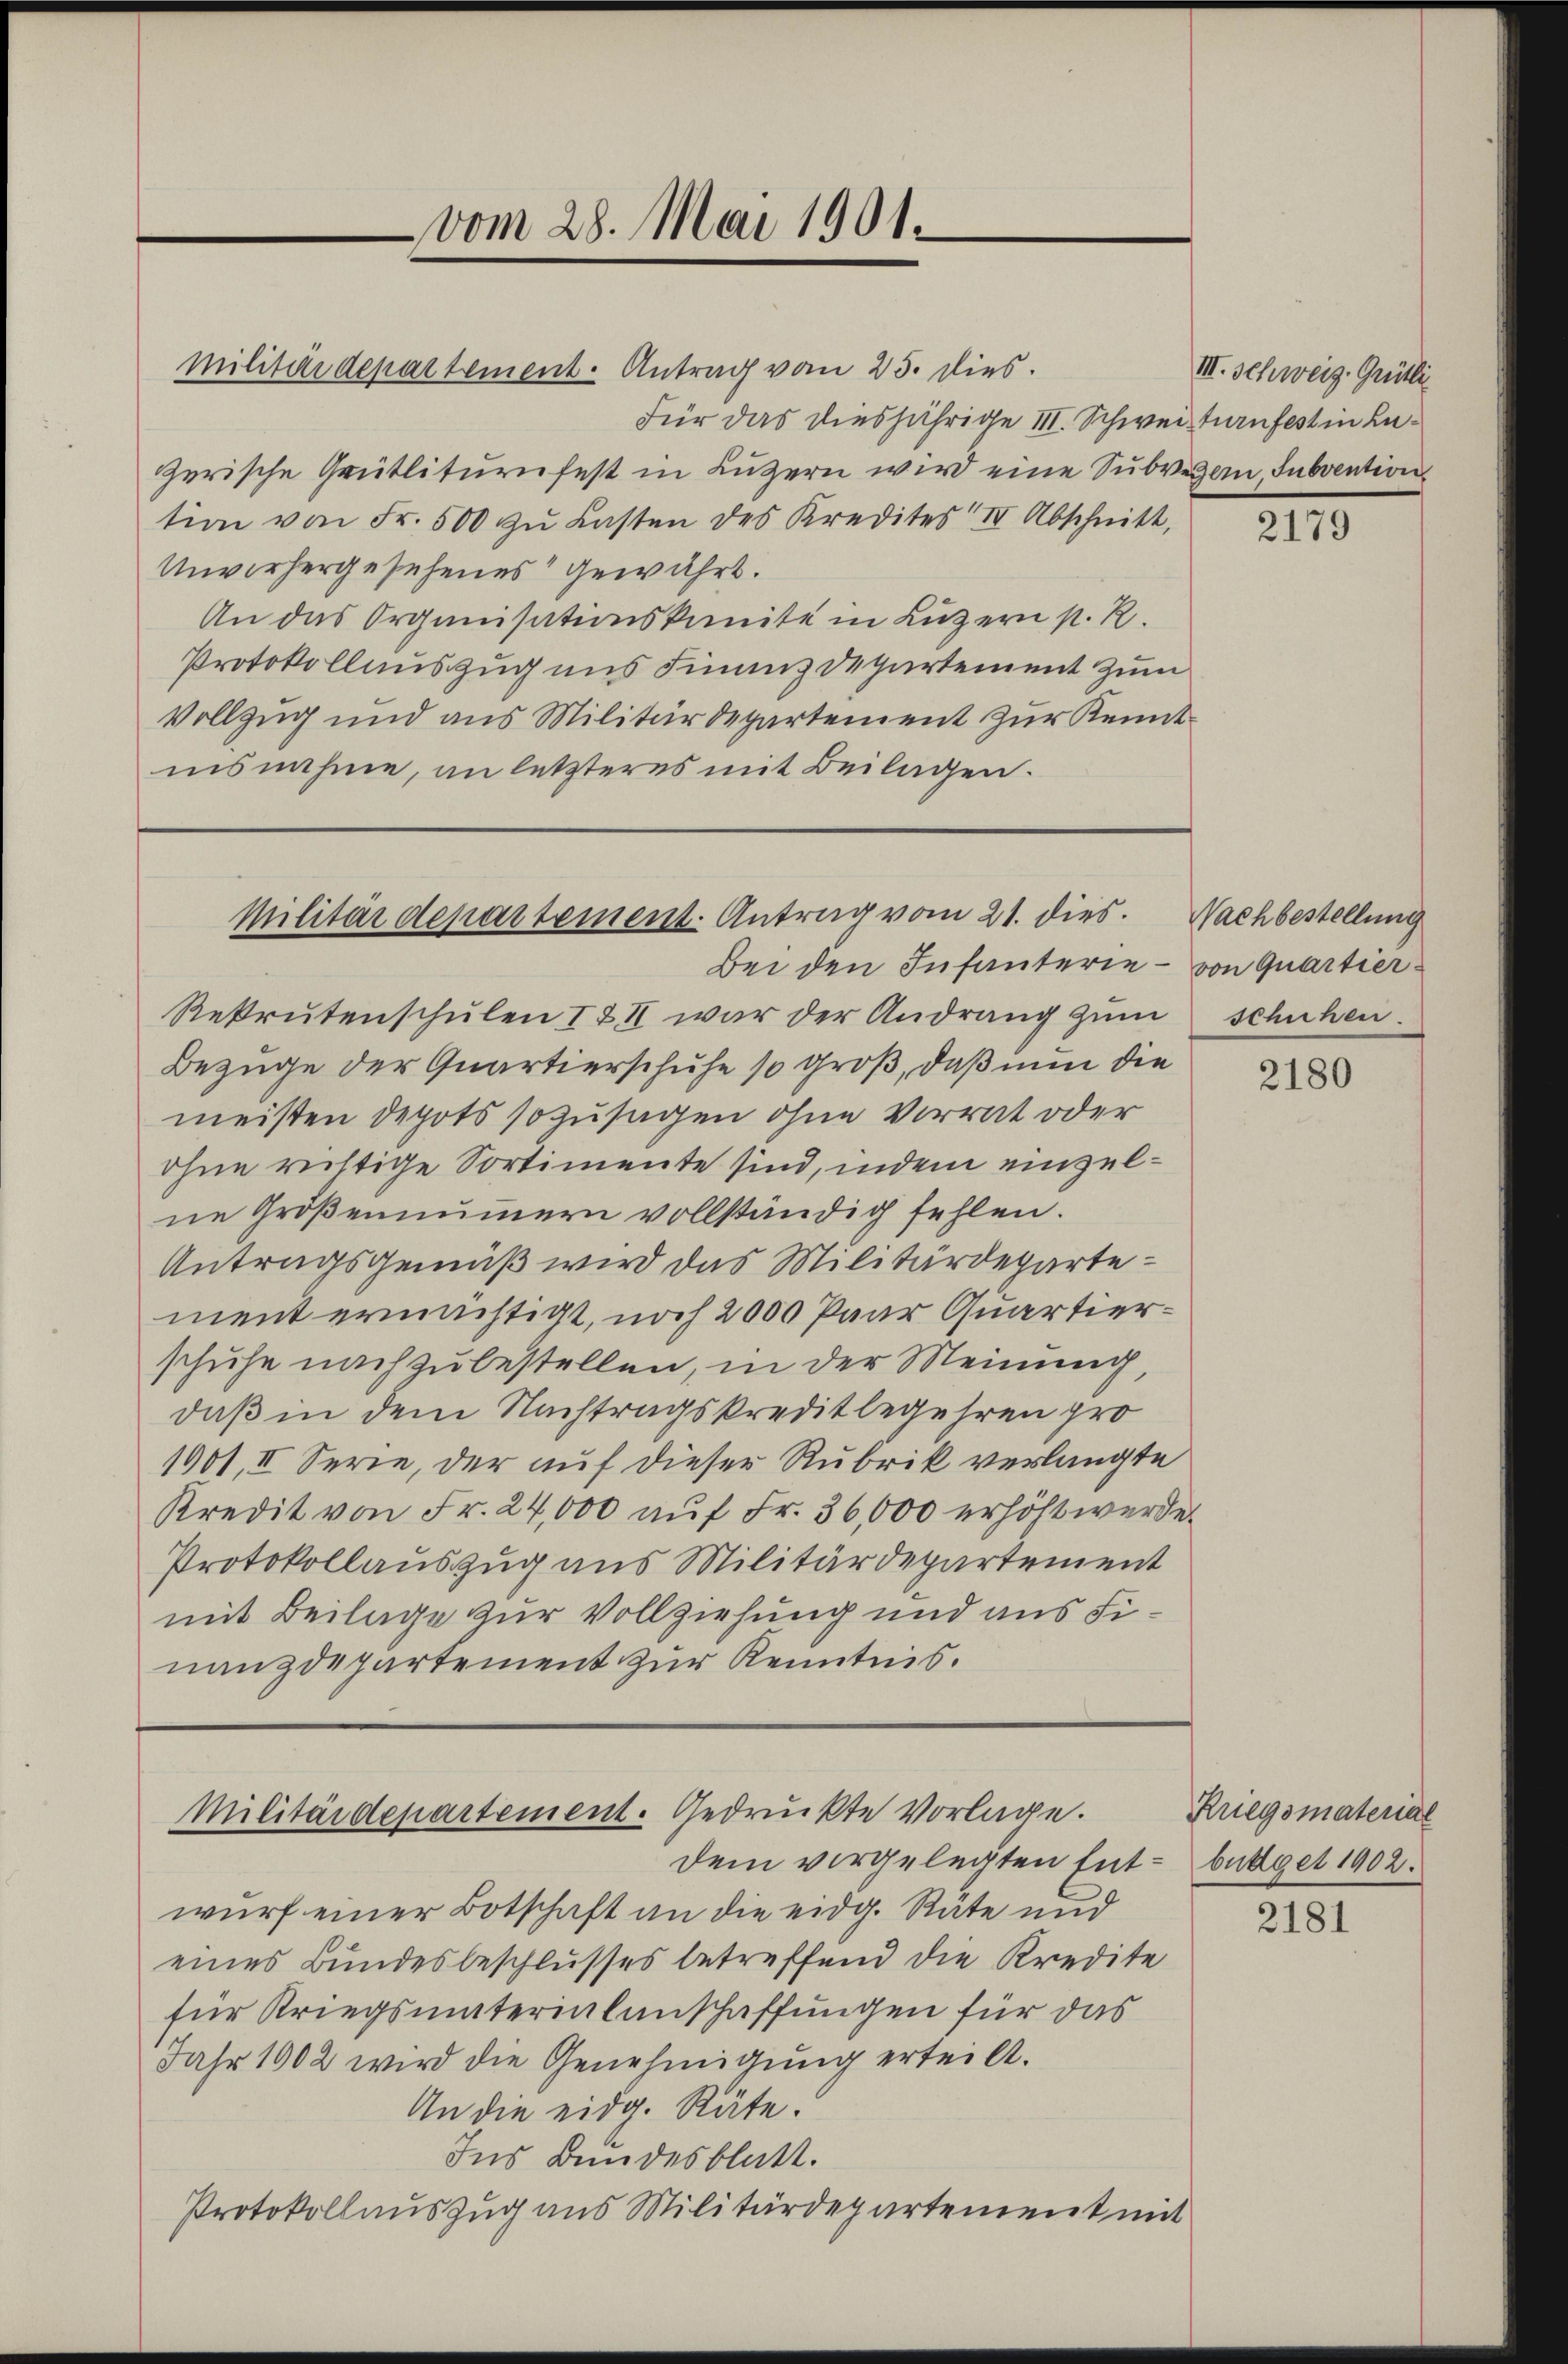
vom 28. Mai 1901.

Für das diesjährige III. Schweizturnfest in Anzerische Grütliturnfest in Luzern wird eine Subvegern, Subvention
tion von Fr. 500 zŭ Lasten des Kredites IV Abschnitt,
Unvorhergesehenes gewährt.
An das Organisationskomite in Luzern p. R.
Protokollauszug uns Finanz Departement zum
Vollzug und aus Militärdepartement zur Kenntinsnahme, an letzteres mit Beilagen.

militärdepartement. Antrag vom 25. dies.

Rekrutenschulen I & II war der Andrang zum
Bezüge der Quartierschuhe so groß, daß nun die
meisten depots sozusagen ohne Vorrat oder
ohne richtige Sortimente sind, indem einzelne Groβenaŭmern vollständig fehlen.
Antragsgemäß wird das Militärdepartement ernächtigt, noch 2000 Paar Quartierschuhe nach zubestellen, in der Meinung,
daß in dem Nachtragskreditbegehren pro
1901, II Serie, der auf dieser Rubrik verlangte
Kredit von Fr. 24,000 aŭf Fr. 36,000 erhöht werde.
Protokollauszug aus Militärdepartement
mit Beilage zur Vollziehung und aus Finanzdepartement zur Kenntnis.

Militärdepartement. Antrag vom 21. dies. Nachbestellung

Bei den Infanterie - von Quartier¬

Militärdepartement. Gedruckte Vorlage.

dem vorgelegten Entwurf einer Botschaft an die eidg. Räte und
eines Bundesbeschlusses betreffend die Kredite
für Kriegsmaterialanschaffungen für das
Jahr 1902 wird die Genehmigung erteilt.
An die eidg. Räte.
Ins Bundesblatt.
Protokollauszug aus Militärdepartement mit

III. Schweiz. Grütli

2179

schuhen.

2180

Kriegsmaterial
bütiget 1902.

2181